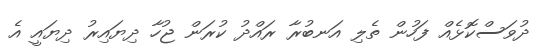
ދުވަސްކޮޅެއް ފަހުން ތެލި އަނބުރާ ރައްދު ކުރަން ޖުހާ ދިޔައިރު ދިޔައީ އެ